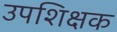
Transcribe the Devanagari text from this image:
उपशिक्षक